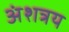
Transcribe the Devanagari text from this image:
अंशत्रय